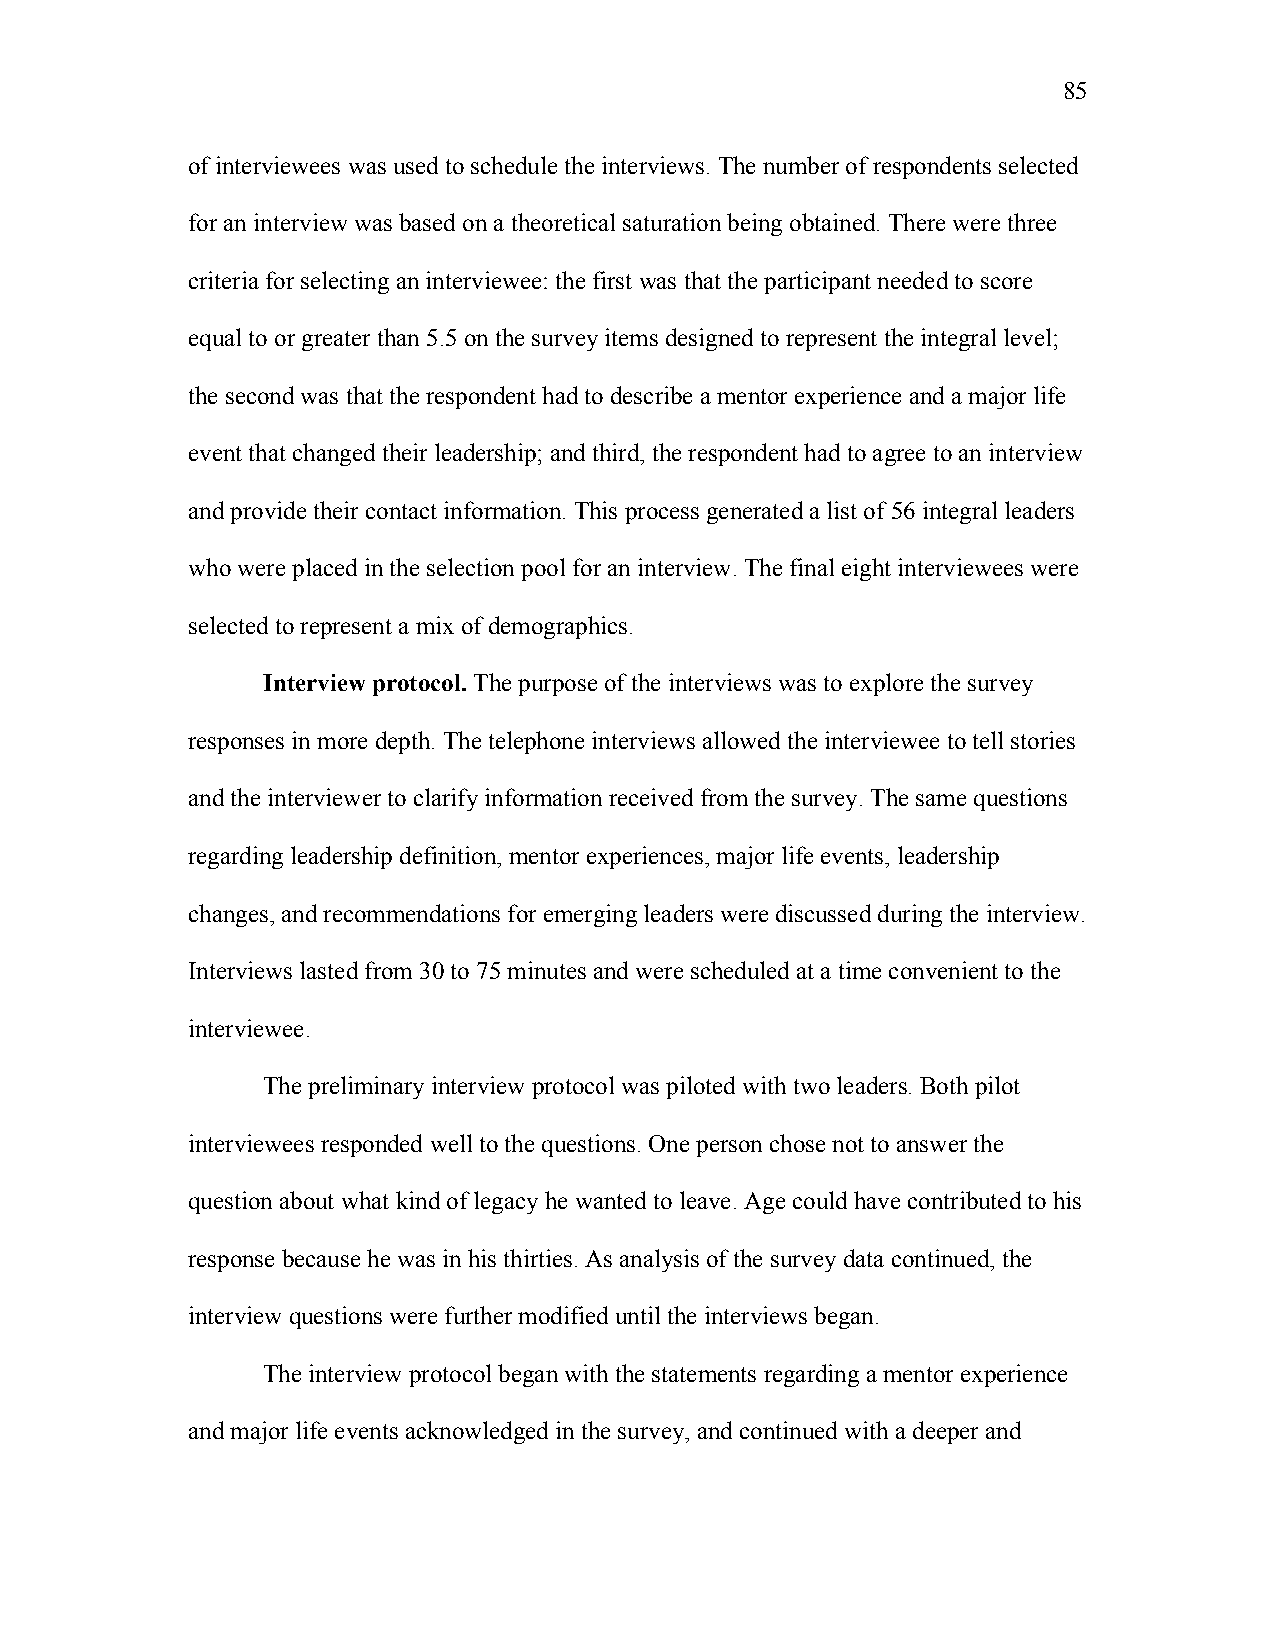
85
 of interviewees was used to schedule the interviews. The number of respondents selected
 for an interview was based on a theoretical saturation being obtained. There were three
 criteria for selecting an interviewee: the first was that the participant needed to score
 equal to or greater than 5.5 on the survey items designed to represent the integral level;
 the second was that the respondent had to describe a mentor experience and a major life
 event that changed their leadership; and third, the respondent had to agree to an interview
 and provide their contact information. This process generated a list of 56 integral leaders
 who were placed in the selection pool for an interview. The final eight interviewees were
 selected to represent a mix of demographics.
 Interview protocol. The purpose of the interviews was to explore the survey
 responses in more depth. The telephone interviews allowed the interviewee to tell stories
 and the interviewer to clarify information received from the survey. The same questions
 regarding leadership definition, mentor experiences, major life events, leadership
 changes, and recommendations for emerging leaders were discussed during the interview.
 Interviews lasted from 30 to 75 minutes and were scheduled at a time convenient to the
 interviewee.
 The preliminary interview protocol was piloted with two leaders. Both pilot
 interviewees responded well to the questions. One person chose not to answer the
 question about what kind of legacy he wanted to leave. Age could have contributed to his
 response because he was in his thirties. As analysis of the survey data continued, the
 interview questions were further modified until the interviews began.
 The interview protocol began with the statements regarding a mentor experience
 and major life events acknowledged in the survey, and continued with a deeper and